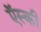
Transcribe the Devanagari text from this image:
ऍस्की